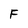
Character: F